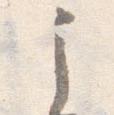
之